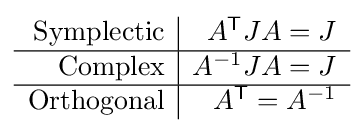
{\begin{array}{r|r}{\text{Symplectic}}&A^{\mathsf {T}}JA=J\\\hline {\text{Complex}}&A^{-1}JA=J\\\hline {\text{Orthogonal}}&A^{\mathsf {T}}=A^{-1}\end{array}}